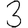
Digit: 3